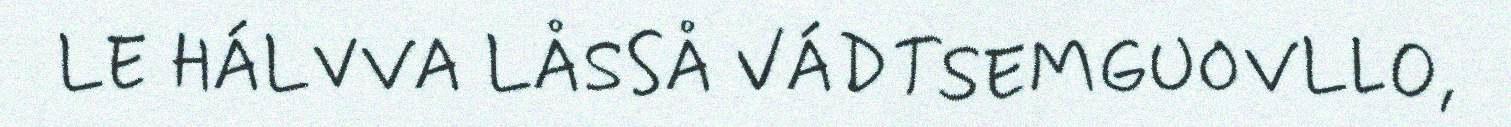
LE HÁLVVA LÅSSÅ VÁDTSEMGUOVLLO,